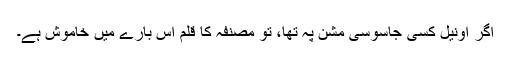
اگر اونیل کسی جاسوسی مشن پہ تھا، تو مصنفہ کا قلم اس بارے میں خاموش ہے۔